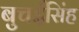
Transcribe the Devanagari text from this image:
बुचईसिंह